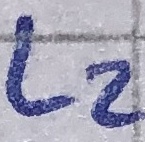
Text: L2